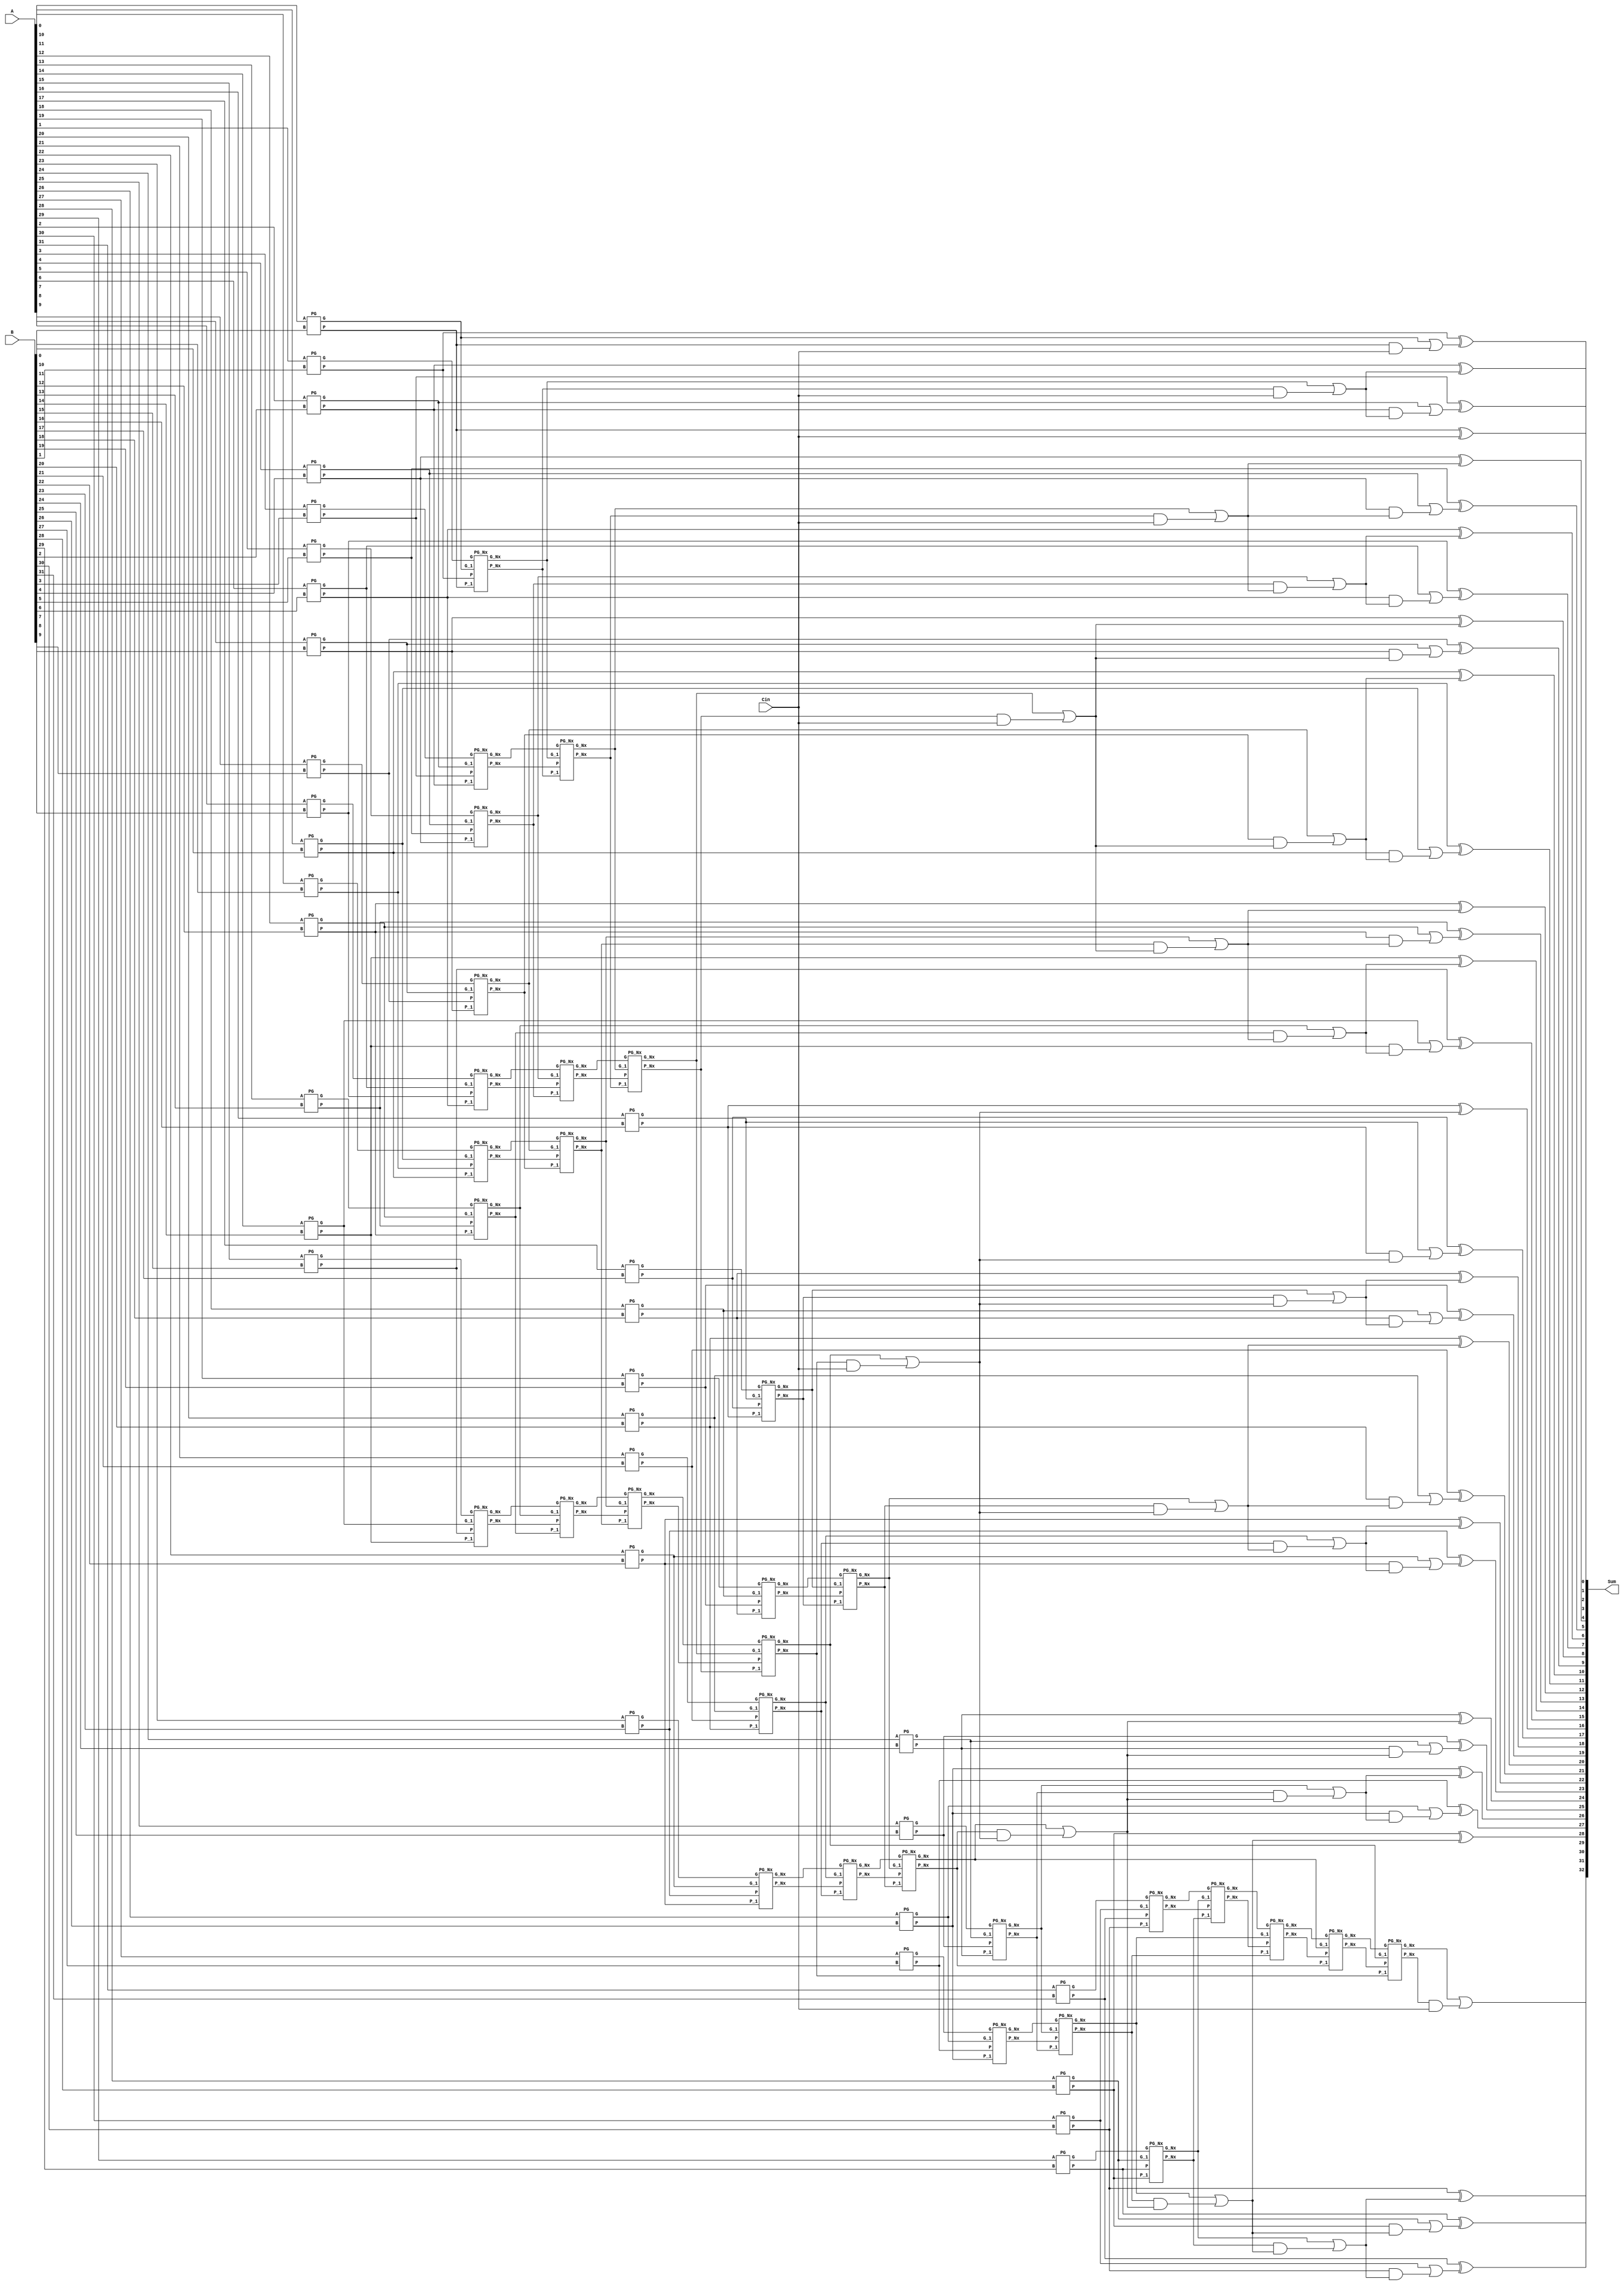
// 32-bit Brent Kung

module Brent (A,B,Cin,Sum);

parameter N = 32;

input [N-1:0] A, B;
input Cin;

output [N:0] Sum;

//output [N-1] Sum;
//output Cout;

wire  P[6:1][N-1:0];  // [no of stages]  [no of bits]
wire	G[6:1][N-1:0];

wire	[N:0] C;
wire	[N-1:0] S;



// Stage 1

genvar i;

generate
	for(i=0; i<N; i=i+1) begin : stage1
		PG I1 (A[i], B[i], P[1][i],G[1][i]);
	end
endgenerate


//PG I0 (A[0], B[0], P[1][0],G[1][0]);
//PG I1 (A[1], B[1], P[1][1],G[1][1]);
//PG I2 (A[2], B[2], P[1][2],G[1][2]);
//PG I3 (A[3], B[3], P[1][3],G[1][3]);



// Stage 2

genvar j;

generate
	for(j=0; j<(N/2); j=j+1) begin : stage2
		PG_Nx I2 (G[1][2*j+1], P[1][2*j+1], G[1][2*j], P[1][2*j], G[2][j], P[2][j]);
	end
endgenerate


//PG_Nx I4 (G[1][1], P[1][1], G[1][0], P[1][0], G[2][0], P[2][0]);
//PG_Nx I5 (G[1][3], P[1][3], G[1][2], P[1][2], G[2][1], P[2][1]);


// Stage 3

genvar k;

generate
	for(k=0; k<(N/4); k=k+1) begin : stage3
		PG_Nx I3 (G[2][2*k+1], P[2][2*k+1], G[2][2*k], P[2][2*k], G[3][k], P[3][k]);
	end
endgenerate


//PG_Nx I6 (G[2][1], P[2][1], G[2][0], P[2][0], G[3][0], P[3][0]);



// Stage 4

genvar l;

generate
	for(l=0; l<(N/8); l=l+1) begin : stage4
		PG_Nx I4 (G[3][2*l+1], P[3][2*l+1], G[3][2*l], P[3][2*l], G[4][l], P[4][l]);
	end
endgenerate



// Stage 5

genvar m;

generate
	for(m=0; m<(N/16); m=m+1) begin : stage5
		PG_Nx I5 (G[4][2*m+1], P[4][2*m+1], G[4][2*m], P[4][2*m], G[5][m], P[5][m]);
	end
endgenerate



// Stage 6

PG_Nx I6 (G[5][1], P[5][1], G[5][0], P[5][0], G[6][0], P[6][0]);


// Carry Calculation

assign C[0]  = Cin;

// From the last block of every stage
assign C[1]  = G[1][0] | (P[1][0] & C[0]);
assign C[2]  = G[2][0] | (P[2][0] & C[0]);
assign C[4]  = G[3][0] | (P[3][0] & C[0]);
assign C[8]  = G[4][0] | (P[4][0] & C[0]);
assign C[16] = G[5][0] | (P[5][0] & C[0]);
assign C[32] = G[6][0] | (P[6][0] & C[0]);

// From the above values and 1st Stage
assign C[ 3] = G[1][2]  | (P[1][2]  & C[2]);
assign C[ 5] = G[1][4]  | (P[1][4]  & C[4]);

// From Stage 2

assign C[ 6] = G[2][2] | (P[2][2] & C[4]);	// [Stage] [Block No. according to the diagram]



// Stage 3

assign C[ 7] = G[1][6] | (P[1][6] & C[6]);	// Doubt cleared (See diagram)

assign C[ 9] = G[1][8] | (P[1][8] & C[8]);
assign C[10] = G[2][4] | (P[2][4] & C[8]);
assign C[11] = G[1][10] | (P[1][10] & C[10]);
assign C[12] = G[3][2] | (P[3][2] & C[8]);
assign C[13] = G[1][12] | (P[1][12] & C[12]);
assign C[14] = G[2][6] | (P[2][6] & C[12]);	// Doubt in last C[?]  is it from the which last block value ???
assign C[15] = G[1][14] | (P[1][14] & C[14]);

assign C[17] = G[1][16] | (P[1][16] & C[16]);
assign C[18] = G[2][8] | (P[2][8] & C[16]);
assign C[19] = G[1][18] | (P[1][18] & C[18]);
assign C[20] = G[3][4] | (P[3][4] & C[16]);
assign C[21] = G[1][20] | (P[1][20] & C[20]);
assign C[22] = G[2][10] | (P[2][10] & C[20]);
assign C[23] = G[1][22] | (P[1][22] & C[22]);
assign C[24] = G[4][2] | (P[4][2] & C[16]);
assign C[25] = G[1][24] | (P[1][24] & C[24]);
assign C[26] = G[2][12] | (P[2][12] & C[24]);
assign C[27] = G[1][26] | (P[1][26] & C[26]);
assign C[28] = G[3][6] | (P[3][6] & C[24]);
//assign C[28] = G[2][13] | (P[2][13] & C[24]);
assign C[29] = G[1][28] | (P[1][28] & C[28]);
assign C[30] = G[2][14] | (P[2][14] & C[28]);
assign C[31] = G[1][30] | (P[1][30] & C[30]);





// Sum Calculation

//assign S[] = P[1][] ^ C[];



genvar n;

generate
	for(n=0; n<N; n=n+1) begin : sum
		assign S[n] = P[1][n] ^ C[n];
	end
endgenerate


assign Sum = {C[N],S};
//assign Cout = C[4];

endmodule




module PG_Nx (G, P, G_1, P_1, G_Nx, P_Nx);	// G_i, P_i, G_{i-1}, P_{i-1}, G_{i}{i-1}, P_{i}{i-1}
input G, P, G_1, P_1;
output reg G_Nx, P_Nx;

always @(*)
begin

	G_Nx = G | (P & G_1);
	P_Nx = P & P_1;
end

endmodule



module PG (A, B, P, G);
input A, B;
output reg P, G;

always @(*)
begin

	P = A ^ B;
	G = A & B;
end

endmodule




















//// 32-bit Brent Kung
//
//module Brent (A,B,Cin,Sum);
//
//parameter N = 32;
//
//input [N-1:0] A, B;
//input Cin;
//
//output [N:0] Sum;
//
////output [N-1] Sum;
////output Cout;
//
//wire  P[6:1][N-1:0];  // [no of stages]  [no of bits]
//wire	G[6:1][N-1:0];
//
//wire	[N:0] C;
//wire	[N-1:0] S;
//
//
//
//// Stage 1
//
//genvar i;
//
//generate
//	for(i=0; i<N; i=i+1) begin : stage1
//		PG I1 (A[i], B[i], P[1][i],G[1][i]);
//	end
//endgenerate
//
//
////PG I0 (A[0], B[0], P[1][0],G[1][0]);
////PG I1 (A[1], B[1], P[1][1],G[1][1]);
////PG I2 (A[2], B[2], P[1][2],G[1][2]);
////PG I3 (A[3], B[3], P[1][3],G[1][3]);
//
//
//
//// Stage 2
//
//genvar j;
//
//generate
//	for(j=0; j<(N/2); j=j+1) begin : stage2
//		PG_Nx I2 (G[1][2*j+1], P[1][2*j+1], G[1][2*j], P[1][2*j], G[2][j], P[2][j]);
//	end
//endgenerate
//
//
////PG_Nx I4 (G[1][1], P[1][1], G[1][0], P[1][0], G[2][0], P[2][0]);
////PG_Nx I5 (G[1][3], P[1][3], G[1][2], P[1][2], G[2][1], P[2][1]);
//
//
//// Stage 3
//
//genvar k;
//
//generate
//	for(k=0; k<(N/4); k=k+1) begin : stage3
//		PG_Nx I3 (G[2][2*k+1], P[2][2*k+1], G[2][2*k], P[2][2*k], G[3][k], P[3][k]);
//	end
//endgenerate
//
//
////PG_Nx I6 (G[2][1], P[2][1], G[2][0], P[2][0], G[3][0], P[3][0]);
//
//
//
//// Stage 4
//
//genvar l;
//
//generate
//	for(l=0; l<(N/8); l=l+1) begin : stage4
//		PG_Nx I4 (G[3][2*l+1], P[3][2*l+1], G[3][2*l], P[3][2*l], G[4][l], P[4][l]);
//	end
//endgenerate
//
//
//
//// Stage 5
//
//genvar m;
//
//generate
//	for(m=0; m<(N/16); m=m+1) begin : stage5
//		PG_Nx I5 (G[4][2*m+1], P[4][2*m+1], G[4][2*m], P[4][2*m], G[5][m], P[5][m]);
//	end
//endgenerate
//
//
//
//// Stage 6
//
//PG_Nx I6 (G[5][1], P[5][1], G[5][0], P[5][0], G[6][0], P[6][0]);
//
//
//// Carry Calculation
//
//assign C[0]  = Cin;
//
//// From the last block of every stage
//assign C[1]  = G[1][0] | (P[1][0] & C[0]);
//assign C[2]  = G[2][0] | (P[2][0] & C[0]);
//assign C[4]  = G[3][0] | (P[3][0] & C[0]);
//assign C[8]  = G[4][0] | (P[4][0] & C[0]);
//assign C[16] = G[5][0] | (P[5][0] & C[0]);
//assign C[32] = G[6][0] | (P[6][0] & C[0]);
//
//// From the above values and 1st Stage
//assign C[ 3] = G[1][2]  | (P[1][2]  & C[2]);
//assign C[ 5] = G[1][4]  | (P[1][4]  & C[4]);
//
//// From Stage 2
//
//assign C[ 6] = G[2][2] | (P[2][2] & C[4]);	// [Stage] [Block No. according to the diagram]
//
//
//
//// Stage 3
//
//assign C[ 7] = G[1][6] | (P[1][6] & C[6]);	// Doubt cleared (See diagram)
//
//assign C[ 9] = G[1][8] | (P[1][8] & C[8]);
//assign C[10] = G[2][4] | (P[2][4] & C[8]);
//assign C[11] = G[1][10] | (P[1][10] & C[10]);
//assign C[12] = G[3][2] | (P[3][2] & C[8]);
//assign C[13] = G[1][12] | (P[1][12] & C[12]);
//assign C[14] = G[2][6] | (P[2][6] & C[12]);	// Doubt in last C[?]  is it from the which last block value ???
//assign C[15] = G[1][14] | (P[1][14] & C[14]);
//
//assign C[17] = G[1][16] | (P[1][16] & C[16]);
//assign C[18] = G[2][8] | (P[2][8] & C[16]);
//assign C[19] = G[1][18] | (P[1][18] & C[18]);
//assign C[20] = G[3][4] | (P[1][4] & C[16]);
//assign C[21] = G[1][20] | (P[1][20] & C[20]);
//assign C[22] = G[2][10] | (P[2][10] & C[20]);
//assign C[23] = G[1][22] | (P[1][22] & C[22]);
//assign C[24] = G[4][2] | (P[4][2] & C[16]);
//assign C[25] = G[1][24] | (P[1][24] & C[24]);
//assign C[26] = G[2][12] | (P[2][12] & C[24]);
//assign C[27] = G[1][26] | (P[1][26] & C[26]);
//assign C[28] = G[2][13] | (P[2][13] & C[24]);
//assign C[29] = G[1][28] | (P[1][28] & C[28]);
//assign C[30] = G[2][14] | (P[2][14] & C[28]);
//assign C[31] = G[1][31] | (P[1][31] & C[30]);
//
//
//
//
//
//// Sum Calculation
//
////assign S[] = P[1][] ^ C[];
//
//
//
//genvar n;
//
//generate
//	for(n=0; n<N; n=n+1) begin : sum
//		assign S[n] = P[1][n] ^ C[n];
//	end
//endgenerate
//
//
//assign Sum = {C[N],S};
////assign Cout = C[4];
//
//endmodule
//
//
//
//
//module PG_Nx (G, P, G_1, P_1, G_Nx, P_Nx);	// G_i, P_i, G_{i-1}, P_{i-1}, G_{i}{i-1}, P_{i}{i-1}
//input G, P, G_1, P_1;
//output reg G_Nx, P_Nx;
//
//always @(*)
//begin
//
//	G_Nx = G | (P & G_1);
//	P_Nx = P & P_1;
//end
//
//endmodule
//
//
//
//module PG (A, B, P, G);
//input A, B;
//output reg P, G;
//
//always @(*)
//begin
//
//	P = A ^ B;
//	G = A & B;
//end
//
//endmodule